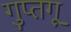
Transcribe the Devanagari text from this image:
गुप्तगू